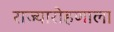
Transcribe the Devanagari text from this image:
राज्यारोहणाला